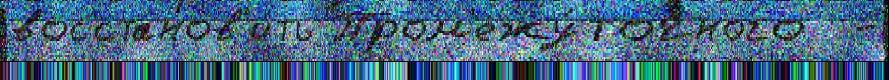
восстанов'и́ть Пром'ежу́точного  -